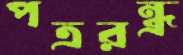
পত্ররন্ধ্র